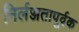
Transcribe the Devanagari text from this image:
निर्लज्जतापूर्वक